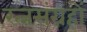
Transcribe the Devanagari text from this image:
रत्नसंग्रहों